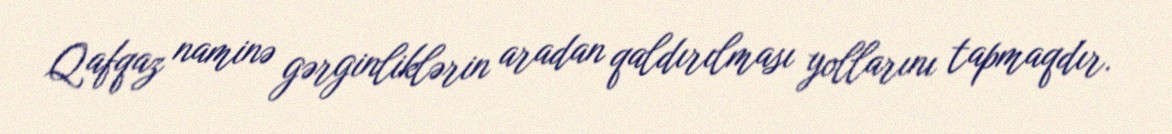
Qafqaz naminə gərginliklərin aradan qaldırılması yollarını tapmaqdır.